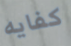
كفايه